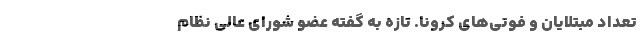
تعداد مبتلایان و فوتی‌های کرونا. تازه به گفته عضو شورای عالی نظام